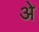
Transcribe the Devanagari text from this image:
अे